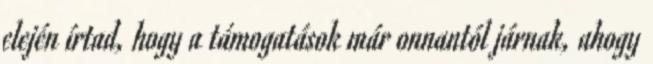
elején írtad, hogy a támogatások már onnantól járnak, ahogy